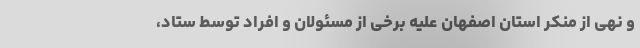
و نهی از منکر استان اصفهان علیه برخی از مسئولان و افراد توسط ستاد،